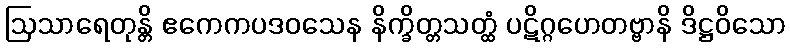
ဩသာရေတုန္တိ ဧကေကပဒဝသေန နိက္ခိတ္တသတ္ထံ ပဋိဂ္ဂဟေတဗ္ဗာနိ ဒိဋ္ဌဝိသော